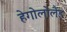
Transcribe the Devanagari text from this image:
हेगोलोलैंड